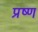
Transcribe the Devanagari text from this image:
प्रष्ण